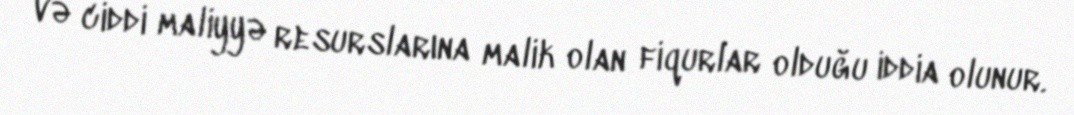
və ciddi maliyyə resurslarına malik olan fiqurlar olduğu iddia olunur.